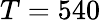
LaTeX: T=540